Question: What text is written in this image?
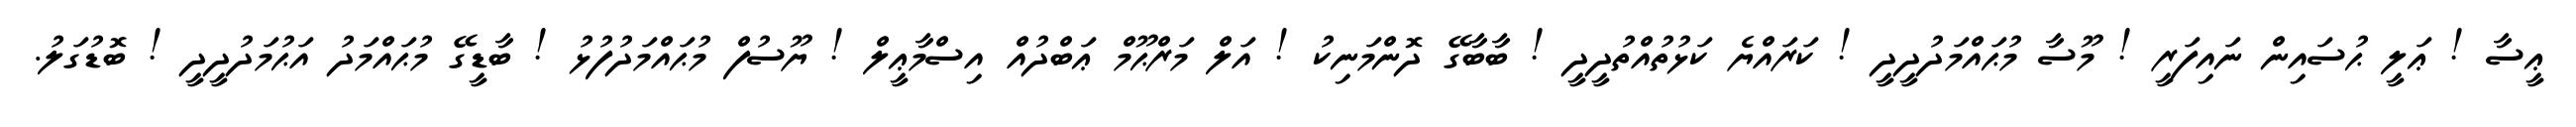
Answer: ޢީސާ ! ޢަލީ ޙުސައިން ނައިފަރީ ! މޫސާ މުޙައްމަދުދީދީ ! ކަރައްޔެ ކަޅުތުއްތުދީދީ ! ބާބާގޭ ދޮންމަނިކު ! އަލް މަރްޙޫމް ޢަބްދުއް އިސްމާޢީލް ! ޔޫސުފް މުޙައްމަދުފުޅު ! ބާޑީގޭ މުޙައްމަދު އަޙުމަދުދީދީ ! ބޮޑުގަލު.